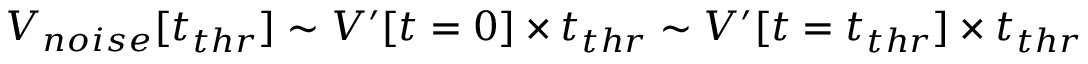
V _ { n o i s e } [ t _ { t h r } ] \sim V ^ { \prime } [ t = 0 ] \times t _ { t h r } \sim V ^ { \prime } [ t = t _ { t h r } ] \times t _ { t h r }